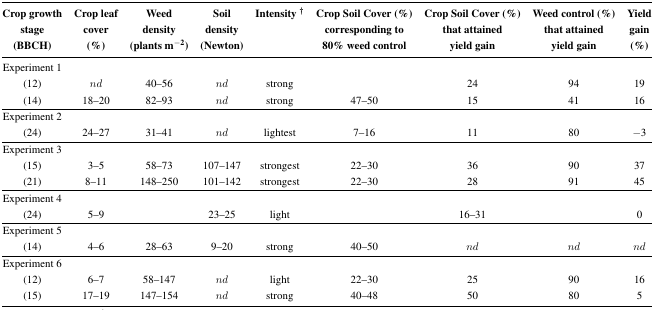
<table><thead><tr><td><b>Crop growth stage (BBCH)</b></td><td><b>Crop leaf cover (%)</b></td><td><b>Weed density (plants m<sup>−2</sup>)</b></td><td><b>Soil density (Newton)</b></td><td><b>Intensity†</b></td><td><b>Crop Soil Cover (%) corresponding to 80%weed control</b></td><td><b>Crop Soil Cover (%) that attained yield gain</b></td><td><b>Weed control (%) that attained yield gain</b></td><td><b>Yield gain (%)</b></td></tr></thead><tbody><tr><td colspan="9">Experiment 1</td></tr><tr><td>(12)</td><td><i>nd</i></td><td>40–56</td><td><i>nd</i></td><td>strong</td><td></td><td>24</td><td>94</td><td>19</td></tr><tr><td>(14)</td><td>18–20</td><td>82–93</td><td><i>nd</i></td><td>strong</td><td>47–50</td><td>15</td><td>41</td><td>16</td></tr><tr><td colspan="9">Experiment 2</td></tr><tr><td>(24)</td><td>24–27</td><td>31–41</td><td><i>nd</i></td><td>lightest</td><td>7–16</td><td>11</td><td>80</td><td>−3</td></tr><tr><td colspan="9">Experiment 3</td></tr><tr><td>(15)</td><td>3–5</td><td>58–73</td><td>107–147</td><td>strongest</td><td>22–30</td><td>36</td><td>90</td><td>37</td></tr><tr><td>(21)</td><td>8–11</td><td>148–250</td><td>101–142</td><td>strongest</td><td>22–30</td><td>28</td><td>91</td><td>45</td></tr><tr><td colspan="9">Experiment 4</td></tr><tr><td>(24)</td><td>5–9</td><td></td><td>23–25</td><td>light</td><td></td><td>16–31</td><td></td><td>0</td></tr><tr><td colspan="9">Experiment 5</td></tr><tr><td>(14)</td><td>4–6</td><td>28–63</td><td>9–20</td><td>strong</td><td>40–50</td><td><i>nd</i></td><td><i>nd</i></td><td><i>nd</i></td></tr><tr><td colspan="9">Experiment 6</td></tr><tr><td>(12)</td><td>6–7</td><td>58–147</td><td><i>nd</i></td><td>light</td><td>22–30</td><td>25</td><td>90</td><td>16</td></tr><tr><td>(15)</td><td>17–19</td><td>147–154</td><td><i>nd</i></td><td>strong</td><td>40–48</td><td>50</td><td>80</td><td>5</td></tr></tbody></table>